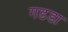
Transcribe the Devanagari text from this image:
गडडा